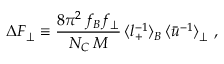
\Delta F _ { \perp } \equiv \frac { 8 \pi ^ { 2 } \, f _ { B } f _ { \perp } } { N _ { C } \, M } \, \langle l _ { + } ^ { - 1 } \rangle _ { B } \, \langle \bar { u } ^ { - 1 } \rangle _ { \perp } \ ,